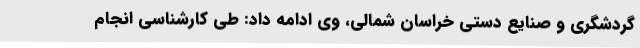
گردشگری و صنایع دستی خراسان شمالی، وی ادامه داد: طی کارشناسی انجام